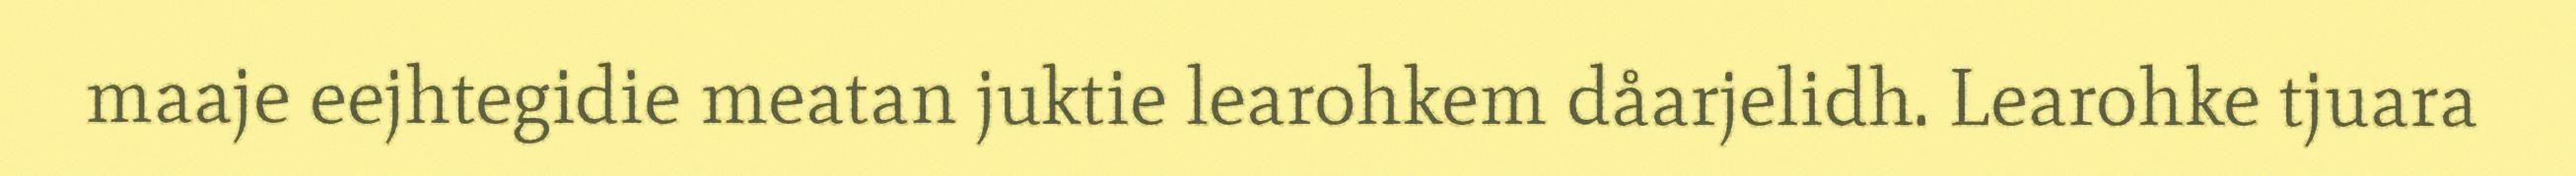
maaje eejhtegidie meatan juktie learohkem dåarjelidh. Learohke tjuara